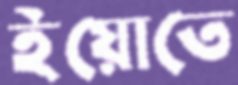
ইয়োতে